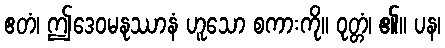
ဧတံ၊ ဤဒေဝမနုဿာနံ ဟူသော စကားကို။ ဝုတ္တံ၊ ၏။ ပန၊